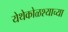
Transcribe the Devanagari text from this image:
येथेकोळश्याच्या